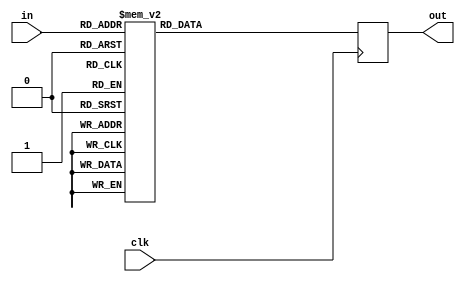
/*
 * Copyright 2012, Homer Hsing <homer.hsing@gmail.com>
 *
 * Licensed under the Apache License, Version 2.0 (the "License");
 * you may not use this file except in compliance with the License.
 * You may obtain a copy of the License at
 *
 * http://www.apache.org/licenses/LICENSE-2.0
 *
 * Unless required by applicable law or agreed to in writing, software
 * distributed under the License is distributed on an "AS IS" BASIS,
 * WITHOUT WARRANTIES OR CONDITIONS OF ANY KIND, either express or implied.
 * See the License for the specific language governing permissions and
 * limitations under the License.
 */

/* verilator lint_off UNOPTFLAT */



    /* S box * x */
    module xS (clk, in, out);
input clk;
input [7:0] in;
output reg [7:0] out;

always @ (posedge clk)
    case (in)
        8'h00:
            out <= 8'hc6;
        8'h01:
            out <= 8'hf8;
        8'h02:
            out <= 8'hee;
        8'h03:
            out <= 8'hf6;
        8'h04:
            out <= 8'hff;
        8'h05:
            out <= 8'hd6;
        8'h06:
            out <= 8'hde;
        8'h07:
            out <= 8'h91;
        8'h08:
            out <= 8'h60;
        8'h09:
            out <= 8'h02;
        8'h0a:
            out <= 8'hce;
        8'h0b:
            out <= 8'h56;
        8'h0c:
            out <= 8'he7;
        8'h0d:
            out <= 8'hb5;
        8'h0e:
            out <= 8'h4d;
        8'h0f:
            out <= 8'hec;
        8'h10:
            out <= 8'h8f;
        8'h11:
            out <= 8'h1f;
        8'h12:
            out <= 8'h89;
        8'h13:
            out <= 8'hfa;
        8'h14:
            out <= 8'hef;
        8'h15:
            out <= 8'hb2;
        8'h16:
            out <= 8'h8e;
        8'h17:
            out <= 8'hfb;
        8'h18:
            out <= 8'h41;
        8'h19:
            out <= 8'hb3;
        8'h1a:
            out <= 8'h5f;
        8'h1b:
            out <= 8'h45;
        8'h1c:
            out <= 8'h23;
        8'h1d:
            out <= 8'h53;
        8'h1e:
            out <= 8'he4;
        8'h1f:
            out <= 8'h9b;
        8'h20:
            out <= 8'h75;
        8'h21:
            out <= 8'he1;
        8'h22:
            out <= 8'h3d;
        8'h23:
            out <= 8'h4c;
        8'h24:
            out <= 8'h6c;
        8'h25:
            out <= 8'h7e;
        8'h26:
            out <= 8'hf5;
        8'h27:
            out <= 8'h83;
        8'h28:
            out <= 8'h68;
        8'h29:
            out <= 8'h51;
        8'h2a:
            out <= 8'hd1;
        8'h2b:
            out <= 8'hf9;
        8'h2c:
            out <= 8'he2;
        8'h2d:
            out <= 8'hab;
        8'h2e:
            out <= 8'h62;
        8'h2f:
            out <= 8'h2a;
        8'h30:
            out <= 8'h08;
        8'h31:
            out <= 8'h95;
        8'h32:
            out <= 8'h46;
        8'h33:
            out <= 8'h9d;
        8'h34:
            out <= 8'h30;
        8'h35:
            out <= 8'h37;
        8'h36:
            out <= 8'h0a;
        8'h37:
            out <= 8'h2f;
        8'h38:
            out <= 8'h0e;
        8'h39:
            out <= 8'h24;
        8'h3a:
            out <= 8'h1b;
        8'h3b:
            out <= 8'hdf;
        8'h3c:
            out <= 8'hcd;
        8'h3d:
            out <= 8'h4e;
        8'h3e:
            out <= 8'h7f;
        8'h3f:
            out <= 8'hea;
        8'h40:
            out <= 8'h12;
        8'h41:
            out <= 8'h1d;
        8'h42:
            out <= 8'h58;
        8'h43:
            out <= 8'h34;
        8'h44:
            out <= 8'h36;
        8'h45:
            out <= 8'hdc;
        8'h46:
            out <= 8'hb4;
        8'h47:
            out <= 8'h5b;
        8'h48:
            out <= 8'ha4;
        8'h49:
            out <= 8'h76;
        8'h4a:
            out <= 8'hb7;
        8'h4b:
            out <= 8'h7d;
        8'h4c:
            out <= 8'h52;
        8'h4d:
            out <= 8'hdd;
        8'h4e:
            out <= 8'h5e;
        8'h4f:
            out <= 8'h13;
        8'h50:
            out <= 8'ha6;
        8'h51:
            out <= 8'hb9;
        8'h52:
            out <= 8'h00;
        8'h53:
            out <= 8'hc1;
        8'h54:
            out <= 8'h40;
        8'h55:
            out <= 8'he3;
        8'h56:
            out <= 8'h79;
        8'h57:
            out <= 8'hb6;
        8'h58:
            out <= 8'hd4;
        8'h59:
            out <= 8'h8d;
        8'h5a:
            out <= 8'h67;
        8'h5b:
            out <= 8'h72;
        8'h5c:
            out <= 8'h94;
        8'h5d:
            out <= 8'h98;
        8'h5e:
            out <= 8'hb0;
        8'h5f:
            out <= 8'h85;
        8'h60:
            out <= 8'hbb;
        8'h61:
            out <= 8'hc5;
        8'h62:
            out <= 8'h4f;
        8'h63:
            out <= 8'hed;
        8'h64:
            out <= 8'h86;
        8'h65:
            out <= 8'h9a;
        8'h66:
            out <= 8'h66;
        8'h67:
            out <= 8'h11;
        8'h68:
            out <= 8'h8a;
        8'h69:
            out <= 8'he9;
        8'h6a:
            out <= 8'h04;
        8'h6b:
            out <= 8'hfe;
        8'h6c:
            out <= 8'ha0;
        8'h6d:
            out <= 8'h78;
        8'h6e:
            out <= 8'h25;
        8'h6f:
            out <= 8'h4b;
        8'h70:
            out <= 8'ha2;
        8'h71:
            out <= 8'h5d;
        8'h72:
            out <= 8'h80;
        8'h73:
            out <= 8'h05;
        8'h74:
            out <= 8'h3f;
        8'h75:
            out <= 8'h21;
        8'h76:
            out <= 8'h70;
        8'h77:
            out <= 8'hf1;
        8'h78:
            out <= 8'h63;
        8'h79:
            out <= 8'h77;
        8'h7a:
            out <= 8'haf;
        8'h7b:
            out <= 8'h42;
        8'h7c:
            out <= 8'h20;
        8'h7d:
            out <= 8'he5;
        8'h7e:
            out <= 8'hfd;
        8'h7f:
            out <= 8'hbf;
        8'h80:
            out <= 8'h81;
        8'h81:
            out <= 8'h18;
        8'h82:
            out <= 8'h26;
        8'h83:
            out <= 8'hc3;
        8'h84:
            out <= 8'hbe;
        8'h85:
            out <= 8'h35;
        8'h86:
            out <= 8'h88;
        8'h87:
            out <= 8'h2e;
        8'h88:
            out <= 8'h93;
        8'h89:
            out <= 8'h55;
        8'h8a:
            out <= 8'hfc;
        8'h8b:
            out <= 8'h7a;
        8'h8c:
            out <= 8'hc8;
        8'h8d:
            out <= 8'hba;
        8'h8e:
            out <= 8'h32;
        8'h8f:
            out <= 8'he6;
        8'h90:
            out <= 8'hc0;
        8'h91:
            out <= 8'h19;
        8'h92:
            out <= 8'h9e;
        8'h93:
            out <= 8'ha3;
        8'h94:
            out <= 8'h44;
        8'h95:
            out <= 8'h54;
        8'h96:
            out <= 8'h3b;
        8'h97:
            out <= 8'h0b;
        8'h98:
            out <= 8'h8c;
        8'h99:
            out <= 8'hc7;
        8'h9a:
            out <= 8'h6b;
        8'h9b:
            out <= 8'h28;
        8'h9c:
            out <= 8'ha7;
        8'h9d:
            out <= 8'hbc;
        8'h9e:
            out <= 8'h16;
        8'h9f:
            out <= 8'had;
        8'ha0:
            out <= 8'hdb;
        8'ha1:
            out <= 8'h64;
        8'ha2:
            out <= 8'h74;
        8'ha3:
            out <= 8'h14;
        8'ha4:
            out <= 8'h92;
        8'ha5:
            out <= 8'h0c;
        8'ha6:
            out <= 8'h48;
        8'ha7:
            out <= 8'hb8;
        8'ha8:
            out <= 8'h9f;
        8'ha9:
            out <= 8'hbd;
        8'haa:
            out <= 8'h43;
        8'hab:
            out <= 8'hc4;
        8'hac:
            out <= 8'h39;
        8'had:
            out <= 8'h31;
        8'hae:
            out <= 8'hd3;
        8'haf:
            out <= 8'hf2;
        8'hb0:
            out <= 8'hd5;
        8'hb1:
            out <= 8'h8b;
        8'hb2:
            out <= 8'h6e;
        8'hb3:
            out <= 8'hda;
        8'hb4:
            out <= 8'h01;
        8'hb5:
            out <= 8'hb1;
        8'hb6:
            out <= 8'h9c;
        8'hb7:
            out <= 8'h49;
        8'hb8:
            out <= 8'hd8;
        8'hb9:
            out <= 8'hac;
        8'hba:
            out <= 8'hf3;
        8'hbb:
            out <= 8'hcf;
        8'hbc:
            out <= 8'hca;
        8'hbd:
            out <= 8'hf4;
        8'hbe:
            out <= 8'h47;
        8'hbf:
            out <= 8'h10;
        8'hc0:
            out <= 8'h6f;
        8'hc1:
            out <= 8'hf0;
        8'hc2:
            out <= 8'h4a;
        8'hc3:
            out <= 8'h5c;
        8'hc4:
            out <= 8'h38;
        8'hc5:
            out <= 8'h57;
        8'hc6:
            out <= 8'h73;
        8'hc7:
            out <= 8'h97;
        8'hc8:
            out <= 8'hcb;
        8'hc9:
            out <= 8'ha1;
        8'hca:
            out <= 8'he8;
        8'hcb:
            out <= 8'h3e;
        8'hcc:
            out <= 8'h96;
        8'hcd:
            out <= 8'h61;
        8'hce:
            out <= 8'h0d;
        8'hcf:
            out <= 8'h0f;
        8'hd0:
            out <= 8'he0;
        8'hd1:
            out <= 8'h7c;
        8'hd2:
            out <= 8'h71;
        8'hd3:
            out <= 8'hcc;
        8'hd4:
            out <= 8'h90;
        8'hd5:
            out <= 8'h06;
        8'hd6:
            out <= 8'hf7;
        8'hd7:
            out <= 8'h1c;
        8'hd8:
            out <= 8'hc2;
        8'hd9:
            out <= 8'h6a;
        8'hda:
            out <= 8'hae;
        8'hdb:
            out <= 8'h69;
        8'hdc:
            out <= 8'h17;
        8'hdd:
            out <= 8'h99;
        8'hde:
            out <= 8'h3a;
        8'hdf:
            out <= 8'h27;
        8'he0:
            out <= 8'hd9;
        8'he1:
            out <= 8'heb;
        8'he2:
            out <= 8'h2b;
        8'he3:
            out <= 8'h22;
        8'he4:
            out <= 8'hd2;
        8'he5:
            out <= 8'ha9;
        8'he6:
            out <= 8'h07;
        8'he7:
            out <= 8'h33;
        8'he8:
            out <= 8'h2d;
        8'he9:
            out <= 8'h3c;
        8'hea:
            out <= 8'h15;
        8'heb:
            out <= 8'hc9;
        8'hec:
            out <= 8'h87;
        8'hed:
            out <= 8'haa;
        8'hee:
            out <= 8'h50;
        8'hef:
            out <= 8'ha5;
        8'hf0:
            out <= 8'h03;
        8'hf1:
            out <= 8'h59;
        8'hf2:
            out <= 8'h09;
        8'hf3:
            out <= 8'h1a;
        8'hf4:
            out <= 8'h65;
        8'hf5:
            out <= 8'hd7;
        8'hf6:
            out <= 8'h84;
        8'hf7:
            out <= 8'hd0;
        8'hf8:
            out <= 8'h82;
        8'hf9:
            out <= 8'h29;
        8'hfa:
            out <= 8'h5a;
        8'hfb:
            out <= 8'h1e;
        8'hfc:
            out <= 8'h7b;
        8'hfd:
            out <= 8'ha8;
        8'hfe:
            out <= 8'h6d;
        8'hff:
            out <= 8'h2c;
    endcase
endmodule